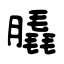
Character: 膬